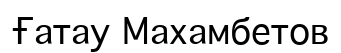
Ғатау Махамбетов